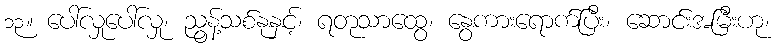
၁၃။ ပေါ်လှုပေါ်လှု၊ ညွန့်သစ်နုနှင့်၊ ရတုသာထွေ၊ နွေကားရောက်ပြီး၊ ဆောင်းအမြီးဟု၊